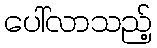
ပေါ်လာသည့်